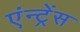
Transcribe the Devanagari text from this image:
एंन्ट्रेंस